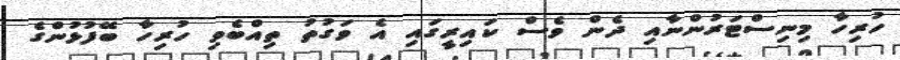
ހުރިހާ މިނިސްޓަރުންނާއި ދެން ވެސް ކައިރީގައި އެ ވަގުތު ތިއްބެވި ހުރިހާ ބޭފުޅުންގެ